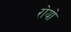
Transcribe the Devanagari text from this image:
रोयो